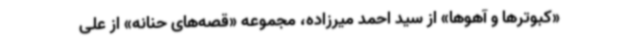
«کبوترها و آهوها» از سید احمد میرزاده، مجموعه «قصه‌های حنانه» از علی